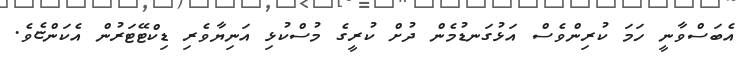
އެބަސްވާނީ ހަމަ ކުރިންވެސް އަޅުގަނޑުމެން ދުށް ކުރީގެ މުސްކުޅި އަނިޔާވެރި ޑިކްޓޭޓަރުން އެކަންޏެވެ.